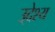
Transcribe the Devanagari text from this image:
उ्देश्य